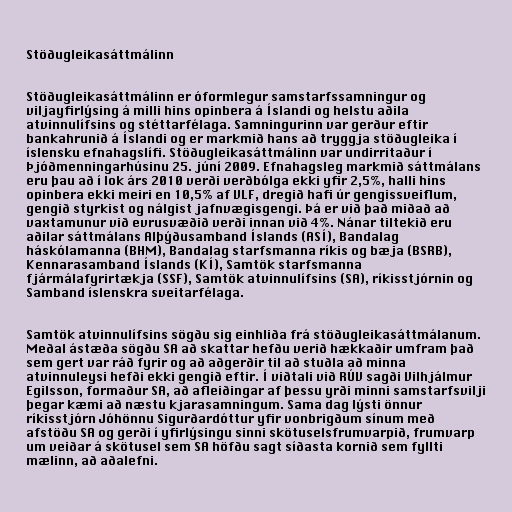
Stöðugleikasáttmálinn

Stöðugleikasáttmálinn er óformlegur samstarfssamningur og
viljayfirlýsing á milli hins opinbera á Íslandi og helstu aðila
atvinnulífsins og stéttarfélaga. Samningurinn var gerður eftir
bankahrunið á Íslandi og er markmið hans að tryggja stöðugleika í
íslensku efnahagslífi. Stöðugleikasáttmálinn var undirritaður í
Þjóðmenningarhúsinu 25. júní 2009. Efnahagsleg markmið sáttmálans
eru þau að í lok árs 2010 verði verðbólga ekki yfir 2,5%, halli hins
opinbera ekki meiri en 10,5% af VLF, dregið hafi úr gengissveiflum,
gengið styrkist og nálgist jafnvægisgengi. Þá er við það miðað að
vaxtamunur við evrusvæðið verði innan við 4%. Nánar tiltekið eru
aðilar sáttmálans Alþýðusamband Íslands (ASÍ), Bandalag
háskólamanna (BHM), Bandalag starfsmanna ríkis og bæja (BSRB),
Kennarasamband Íslands (KÍ), Samtök starfsmanna
fjármálafyrirtækja (SSF), Samtök atvinnulífsins (SA), ríkisstjórnin og
Samband íslenskra sveitarfélaga.

Samtök atvinnulífsins sögðu sig einhliða frá stöðugleikasáttmálanum.
Meðal ástæða sögðu SA að skattar hefðu verið hækkaðir umfram það
sem gert var ráð fyrir og að aðgerðir til að stuðla að minna
atvinnuleysi hefði ekki gengið eftir. Í viðtali við RÚV sagði Vilhjálmur
Egilsson, formaður SA, að afleiðingar af þessu yrði minni samstarfsvilji
þegar kæmi að næstu kjarasamningum. Sama dag lýsti önnur
ríkisstjórn Jóhönnu Sigurðardóttur yfir vonbrigðum sínum með
afstöðu SA og gerði í yfirlýsingu sinni skötuselsfrumvarpið, frumvarp
um veiðar á skötusel sem SA höfðu sagt síðasta kornið sem fyllti
mælinn, að aðalefni.